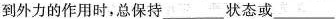
到外力的作用时，总保持___状态或___